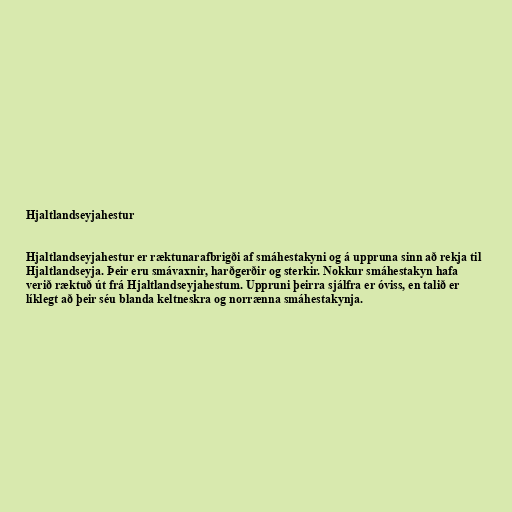
Hjaltlandseyjahestur

Hjaltlandseyjahestur er ræktunarafbrigði af smáhestakyni og á uppruna sinn að rekja til
Hjaltlandseyja. Þeir eru smávaxnir, harðgerðir og sterkir. Nokkur smáhestakyn hafa
verið ræktuð út frá Hjaltlandseyjahestum. Uppruni þeirra sjálfra er óviss, en talið er
líklegt að þeir séu blanda keltneskra og norrænna smáhestakynja.